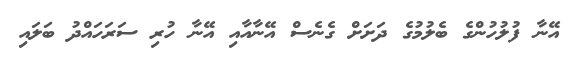
އޭނާ ފުލުހުންގެ ބެލުމުގެ ދަށަށް ގެނެސް އޭނާއާއި އޭނާ ހުރި ސަރަހައްދު ބަލައި